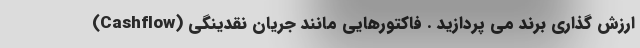
ارزش گذاری برند می پردازید . فاکتورهایی مانند جریان نقدینگی (Cashflow)